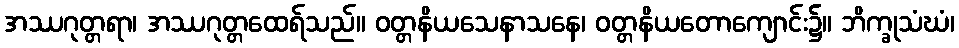
အဿဂုတ္တရာ၊ အဿဂုတ္တထေရ်သည်။ ဝတ္တနိယသေနာသနေ၊ ဝတ္တနိယတောကျောင်း၌။ ဘိက္ခုသံဃံ၊